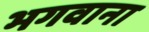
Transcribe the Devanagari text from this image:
भगवाना